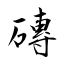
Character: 磚